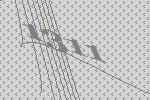
1311